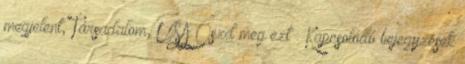
megjelent, Társadalom, USA Oszd meg ezt : Kapcsolódó bejegyzések